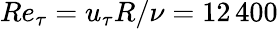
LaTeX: Re_{\tau}=u_{\tau}R/\nu=12\, 400